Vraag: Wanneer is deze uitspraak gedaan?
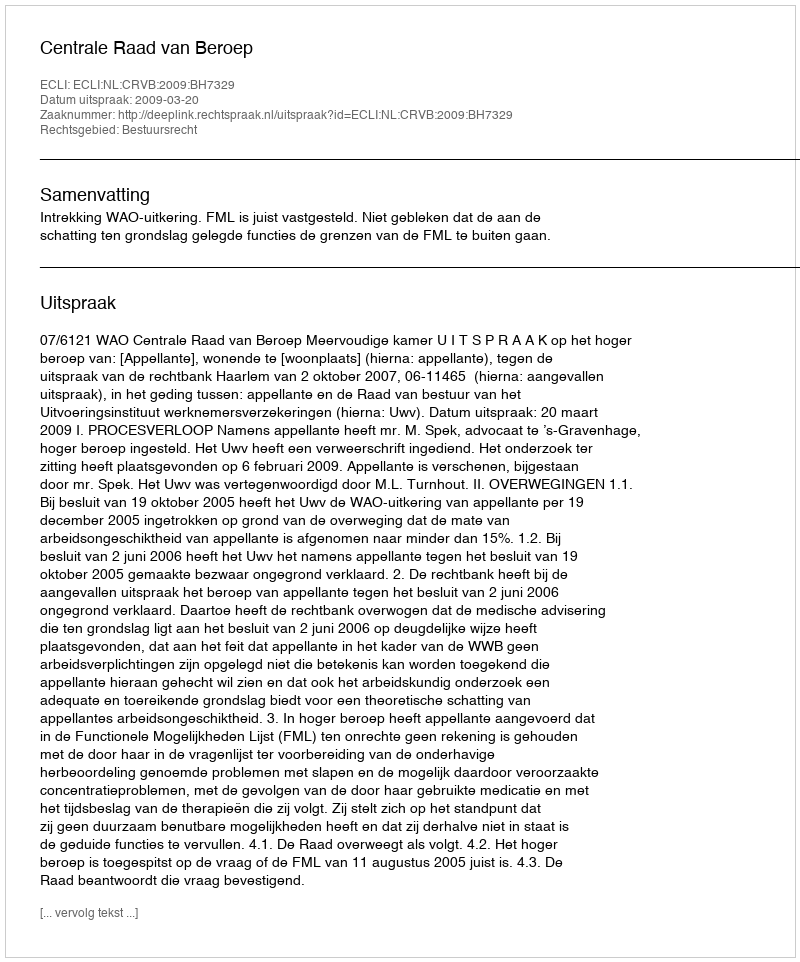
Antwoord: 2009-03-20